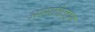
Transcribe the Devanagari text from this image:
अश्मविज्ञान